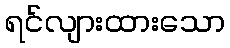
ရင်လျားထားသော